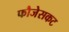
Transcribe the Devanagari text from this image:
फौजेसकट